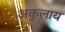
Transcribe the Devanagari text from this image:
अकुलाय